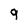
Character: 9